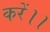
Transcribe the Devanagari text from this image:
करें।।